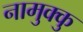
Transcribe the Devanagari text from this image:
नामुक्कु